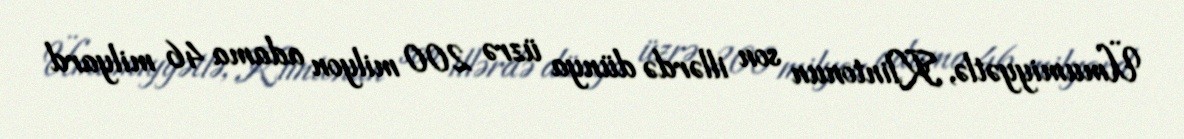
Ümumiyyətlə, Klintonun son illərdə dünya üzrə 200 milyon adama 46 milyard